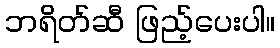
ဘရိတ်ဆီ ဖြည့်ပေးပါ။